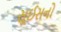
સૂઈસનો